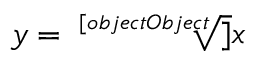
y = { \sqrt [ [object Object] ] { x } }